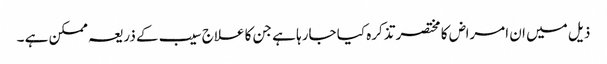
ذیل میں ان امراض کا مختصر تذکرہ کیا جارہا ہے جن کا علاج سیب کے ذریعہ ممکن ہے ۔